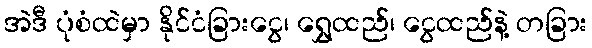
အဲဒီ ပုံစံထဲမှာ နိုင်ငံခြားငွေ၊ ရွှေထည်၊ ငွေထည်နဲ့ တခြား